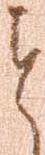
と